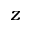
z